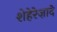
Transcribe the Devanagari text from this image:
शेहेरेज़ादे